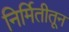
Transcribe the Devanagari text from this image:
निर्मितीतून